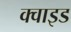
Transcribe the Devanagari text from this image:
क्वाइड